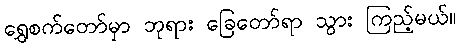
ရွှေစက်တော်မှာ ဘုရား ခြေတော်ရာ သွား ကြည့်မယ်။